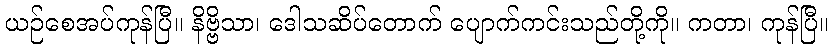
ယဉ်စေအပ်ကုန်ပြီ။ နိဗ္ဗိသာ၊ ဒေါသဆိပ်တောက် ပျောက်ကင်းသည်တို့ကို။ ကတာ၊ ကုန်ပြီ။